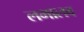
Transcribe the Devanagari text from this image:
लभालब